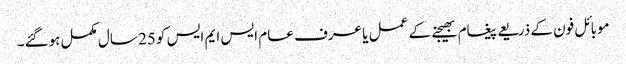
موبائل فون کے ذریعے پیغام بھیجنے کے عمل یا عرف عام ایس ایم ایس کو 25 سال مکمل ہوگئے۔